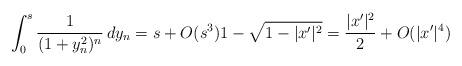
LaTeX: \begin{align*}\int_0^s \frac{1}{(1+y_n^2)^n}\, dy_n=s+O(s^3) 1-\sqrt{1-|x'|^2}=\frac{|x'|^2}{2} + O(|x'|^4)\end{align*}